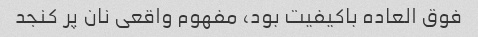
فوق العاده باکیفیت بود، مفهوم واقعی نان پر کنجد